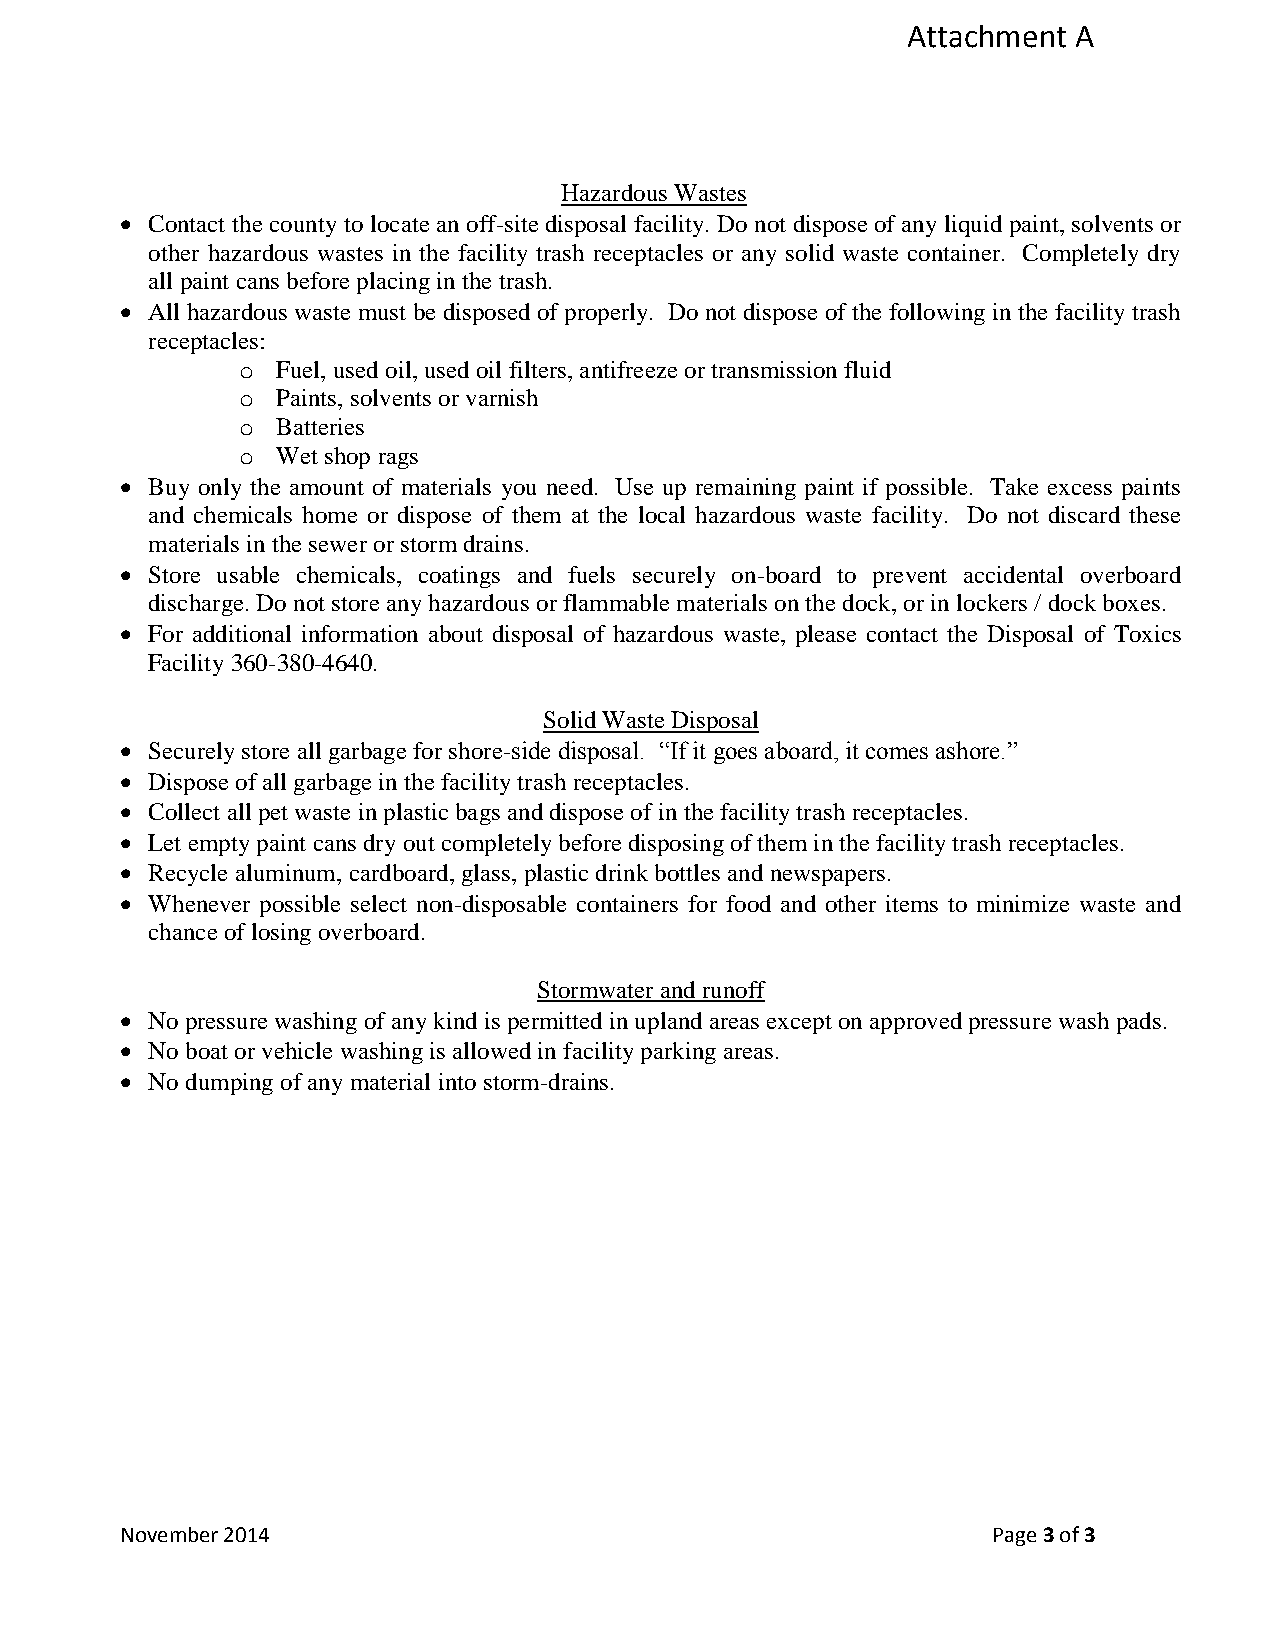
Attachment A
 Hazardous Wastes
  Contact the county to locate an off-site disposal facility. Do not dispose of any liquid paint, solvents or
 other hazardous wastes in the facility trash receptacles or any solid waste container. Completely dry
 all paint cans before placing in the trash.
  All hazardous waste must be disposed of properly. Do not dispose of the following in the facility trash
 receptacles:
 o Fuel, used oil, used oil filters, antifreeze or transmission fluid
 o Paints, solvents or varnish
 o Batteries
 o Wet shop rags
  Buy only the amount of materials you need. Use up remaining paint if possible. Take excess paints
 and chemicals home or dispose of them at the local hazardous waste facility. Do not discard these
 materials in the sewer or storm drains.
  Store usable chemicals, coatings and fuels securely on-board to prevent accidental overboard
 discharge. Do not store any hazardous or flammable materials on the dock, or in lockers / dock boxes.
  For additional information about disposal of hazardous waste, please contact the Disposal of Toxics
 Facility 360-380-4640.
 Solid Waste Disposal
  Securely store all garbage for shore-side disposal. “If it goes aboard, it comes ashore.”
  Dispose of all garbage in the facility trash receptacles.
  Collect all pet waste in plastic bags and dispose of in the facility trash receptacles.
  Let empty paint cans dry out completely before disposing of them in the facility trash receptacles.
  Recycle aluminum, cardboard, glass, plastic drink bottles and newspapers.
  Whenever possible select non-disposable containers for food and other items to minimize waste and
 chance of losing overboard.
 Stormwater and runoff
  No pressure washing of any kind is permitted in upland areas except on approved pressure wash pads.
  No boat or vehicle washing is allowed in facility parking areas.
  No dumping of any material into storm-drains.
 November 2014                                             Page 3 of 3